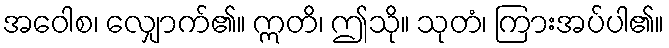
အဝေါစ၊ လျှောက်၏။ ဣတိ၊ ဤသို။ သုတံ၊ ကြားအပ်ပါ၏။